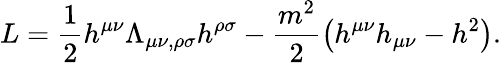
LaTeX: L=\frac{1}{2}h^{\mu\nu}\Lambda_{\mu\nu,\rho\sigma}h^{\rho\sigma}-\frac{m^{2}}{2}\left(h^{\mu\nu}h_{\mu\nu}-h^{2}\right).